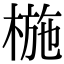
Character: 椸